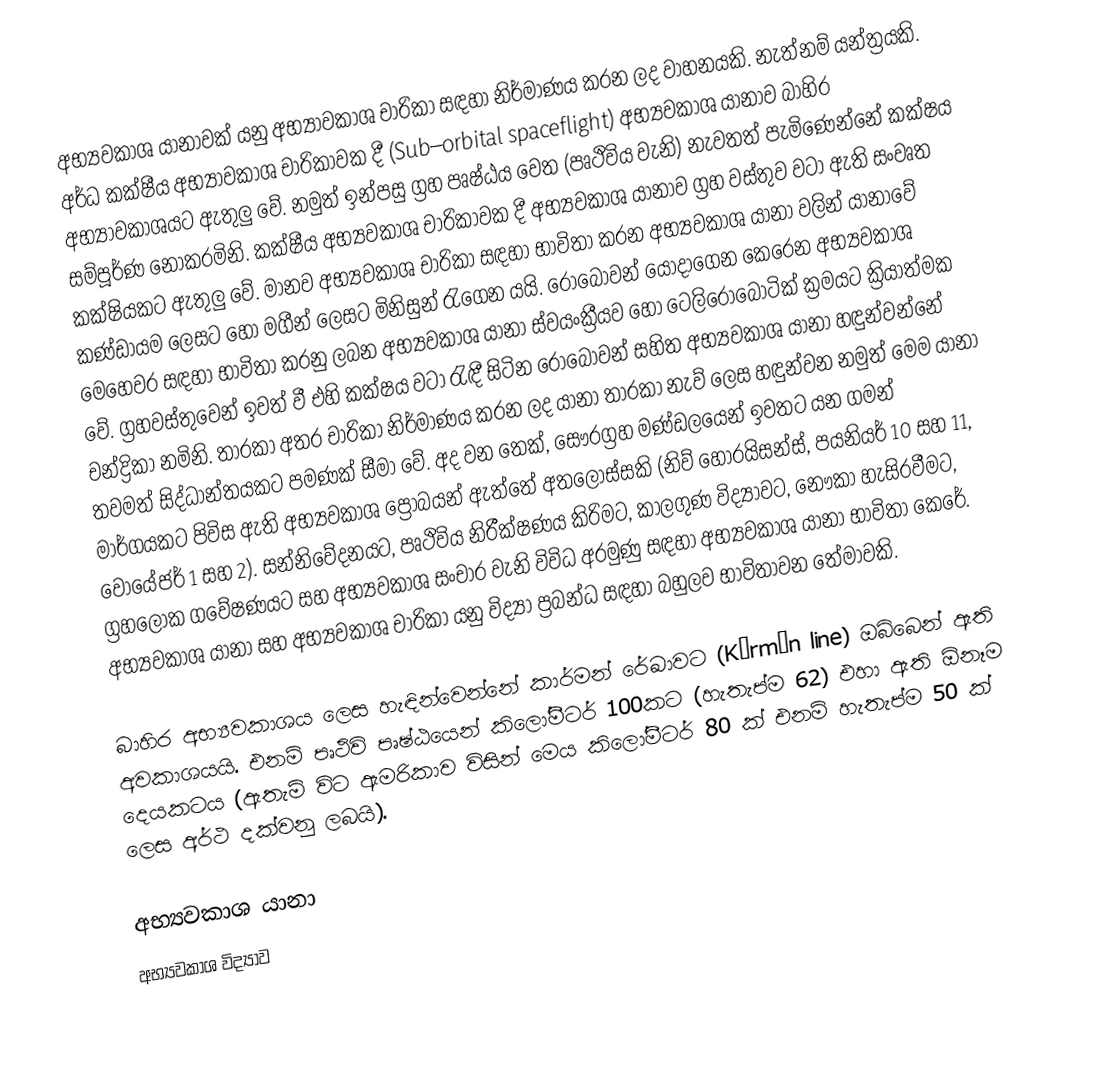
අභ්‍යවකාශ යානාවක් යනු අභ්‍යාවකාශ චාරිකා සඳහා නිර්මාණය කරන ලද වාහනයකි. නැත්නම් යන්ත්‍රයකි. අර්ධ කක්ෂීය අභ්‍යාවකාශ චාරිකාවක දී (Sub–orbital spaceflight) අභ්‍යවකාශ යානාව බාහිර අභ්‍යාවකාශයට ඇතුලු වේ. නමුත් ඉන්පසු ග්‍රහ පෘෂ්ඨය වෙත (පෘථිවිය වැනි) නැවතත් පැමිණෙන්නේ කක්ෂය සම්පූර්ණ නොකරමිනි. කක්ෂීය අභ්‍යවකාශ චාරිකාවක දී අභ්‍යවකාශ යානාව ග්‍රහ වස්තුව වටා ඇති සංවෘත කක්ෂියකට ඇතුලු වේ. මානව අභ්‍යවකාශ චාරිකා සඳහා භාවිතා කරන අභ්‍යවකාශ යානා වලින් යානාවේ කණ්ඩායම ලෙසට හෝ මගීන් ලෙසට මිනිසුන් රැගෙන යයි. රොබෝවන් යොදාගෙන කෙරෙන අභ්‍යවකාශ මෙහෙවර සඳහා භාවිතා කරනු ලබන අභ්‍යවකාශ යානා ස්වයංක්‍රීයව හෝ ටෙලිරොබොටික් ක්‍රමයට ක්‍රියාත්මක වේ.  ග්‍රහවස්තුවෙන් ඉවත් වී එහි කක්ෂය වටා රැඳී සිටින රොබෝවන් සහිත අභ්‍යවකාශ යානා හඳුන්වන්නේ චන්ද්‍රිකා නමිනි. තාරකා  අතර චාරිකා නිර්මාණය කරන ලද යානා තාරකා නැව් ලෙස හඳුන්වන නමුත් මෙම යානා තවමත් සිද්ධාන්තයකට පමණක් සීමා වේ. අද වන තෙක්, සෞරග්‍රහ මණ්ඩලයෙන් ඉවතට යන ගමන් මාර්ගයකට පිවිස ඇති අභ්‍යවකාශ ප්‍රෝබයන් ඇත්තේ අතලොස්සකි (නිව් හොරයිසන්ස්, පයනියර් 10 සහ 11, වොයේජර් 1 සහ 2). සන්නිවේදනයට, පෘථි‍විය නිරීක්ෂණය කිරිමට, කාලගුණ විද්‍යාවට, නෞකා හැසිරවීමට, ග්‍රහ‍ලෝක ගවේෂණයට සහ අභ්‍යවකාශ සංචාර වැනි විවිධ අරමුණු සඳහා අභ්‍යවකාශ යානා භාවිතා කෙරේ. අභ්‍යවකාශ යානා සහ අභ්‍යවකාශ චාරිකා යනු විද්‍යා ප්‍රබන්ධ සඳහා බහුලව භාවිතාවන තේමාවකි.

බාහිර අභ්‍යවකාශය ලෙස හැඳින්වෙන්නේ කාර්මන් රේඛාවට (Kármán line) ඔබ්බෙන් ඇති අවකාශයයි. එනම් පෘථිවි පෘෂ්ඨයෙන් කිලෝමීටර් 100කට (හැතැප්ම 62) එහා ඇති ඕනෑම දෙයකටය (ඇතැම් විට ඇමරිකාව විසින් මෙය කිලෝමීටර් 80 ක් එනම් හැතැප්ම 50 ක් ලෙස අර්ථ දක්වනු ලබයි).

අභ්‍යවකාශ යානා
අභ්‍යවකාශ විද්‍යාව